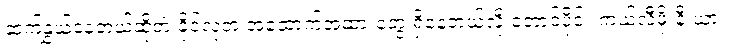
ဆက်နွှယ်နေတယ်ဆိုတဲ့ ခိုင်လုံတဲ့ အထောက်အထားတွေ ရှိနေတယ်လို့ တောင်ပိုင်း ကယ်လီဖိုးနီးယား